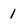
Character: 1